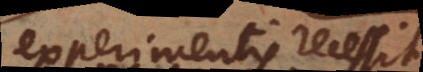
experimentis recessit,